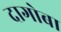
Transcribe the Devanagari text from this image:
दागोबा